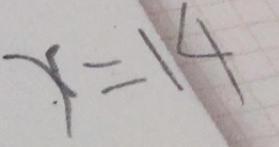
. x = 1 4